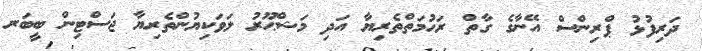
ދަރިފުޅު ޕްރިންސް އޭނާގެ ގާތް ރަޙުމަތްތެރިޔާ އަދި މަޝްޙޫރު ލަވަކިޔުންތެރިޔާ ޖަސްޓިން ބީބަރ